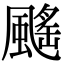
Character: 䬙